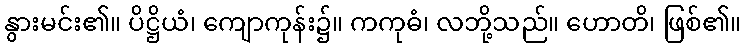
နွားမင်း၏။ ပိဋ္ဌိယံ၊ ကျောကုန်း၌။ ကကုဓံ၊ လဘို့သည်။ ဟောတိ၊ ဖြစ်၏။